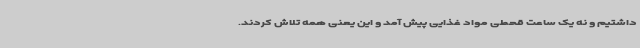
داشتیم و نه یک ساعت قحطی مواد غذایی پیش آمد و این یعنی همه تلاش کردند.